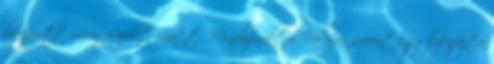
befejezett uniós projekt miatt. Mindazonáltal Bolojan szerint egy ilyenfajta